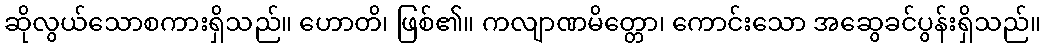
ဆိုလွယ်သောစကားရှိသည်။ ဟောတိ၊ ဖြစ်၏။ ကလျာဏမိတ္တော၊ ကောင်းသော အဆွေခင်ပွန်းရှိသည်။